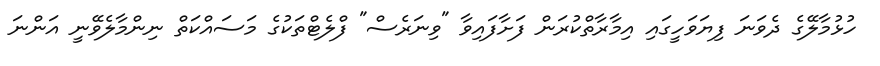
ހުޅުމާލޭގެ ދެވަނަ ފިޔަވަހީގައި އިމާރާތްކުރަން ފަށާފައިވާ "ވިނަރެސް" ފްލެޓްތަކުގެ މަސައްކަތް ނިންމާލެވޭނީ އަންނަ